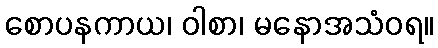
စောပနကာယ၊ ဝါစာ၊ မနောအသံဝရ။